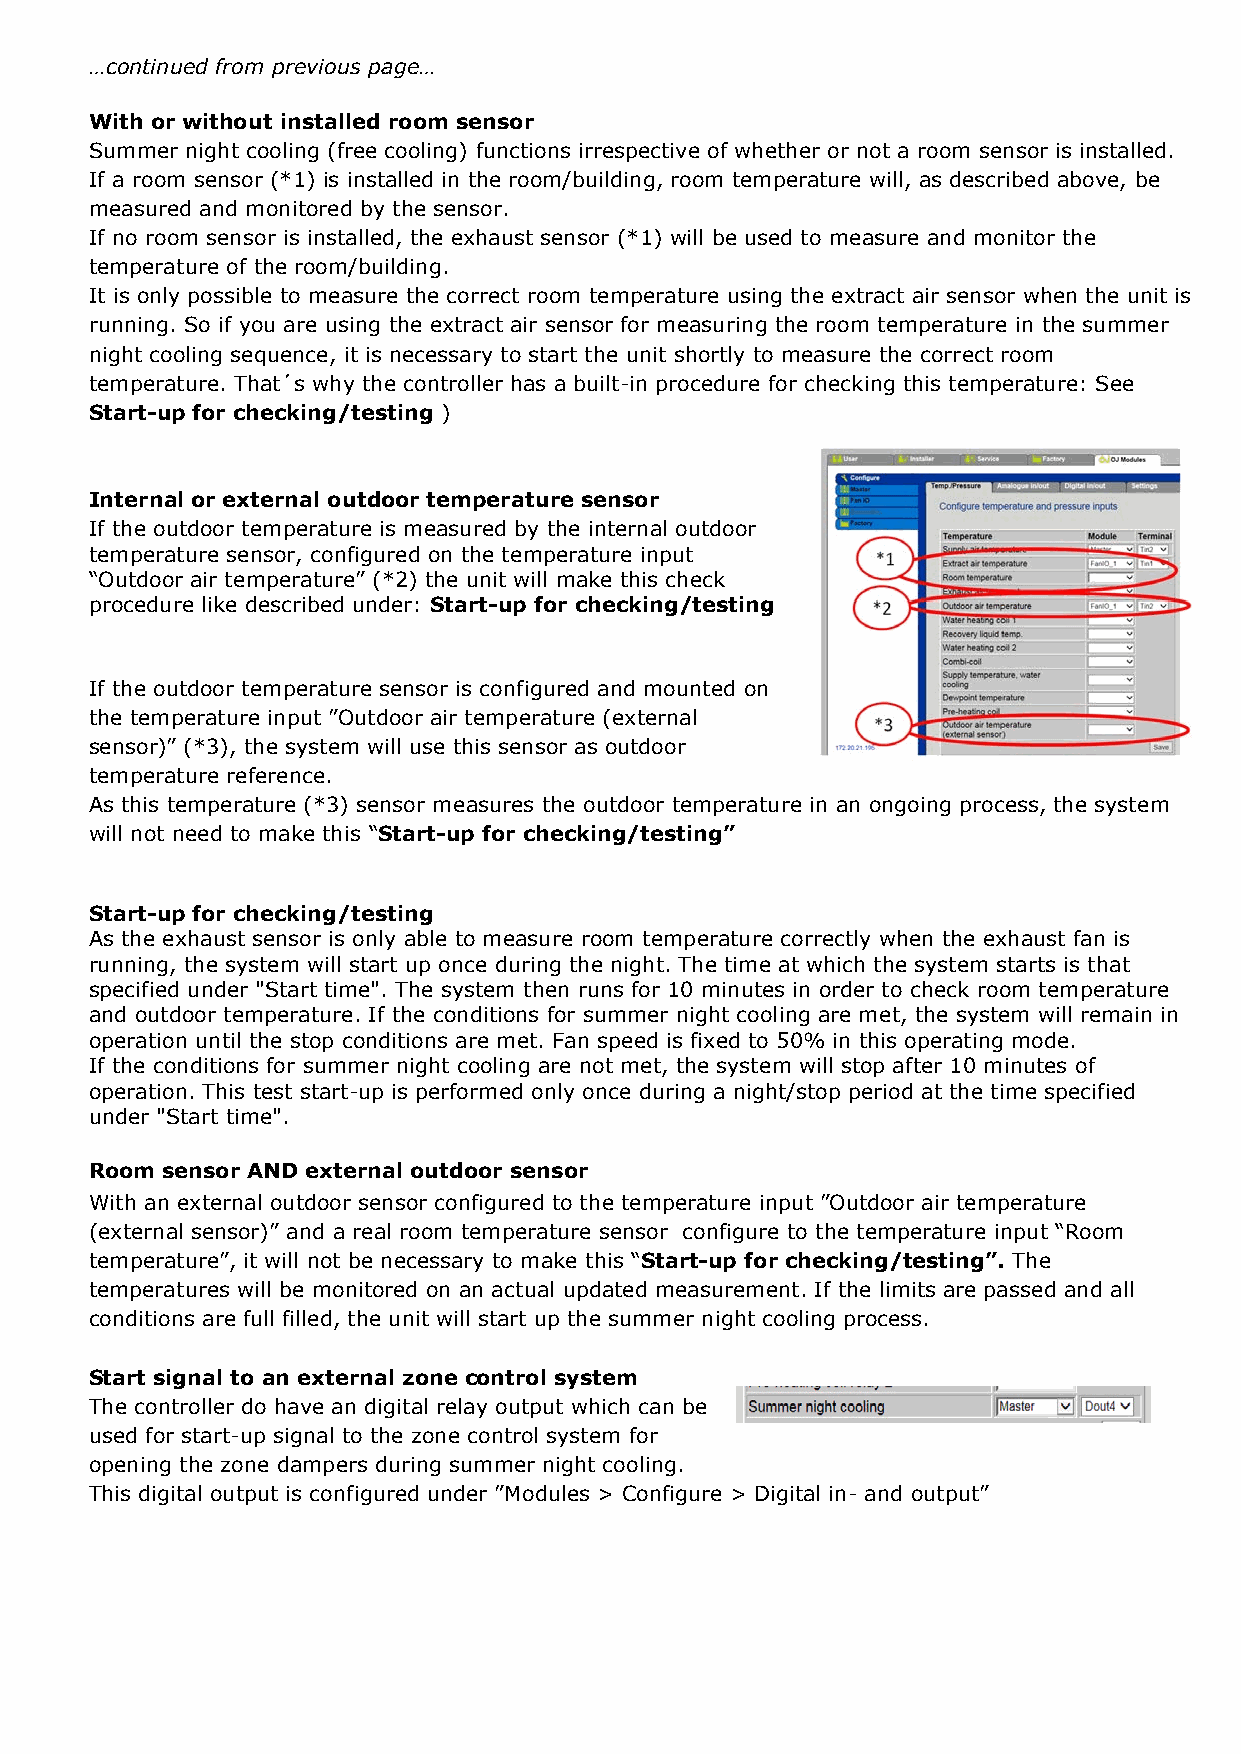
…continued from previous page…
 With or without installed room sensor
 Summer night cooling (free cooling) functions irrespective of whether or not a room sensor is installed.
 If a room sensor (*1) is installed in the room/building, room temperature will, as described above, be
 measured and monitored by the sensor.
 If no room sensor is installed, the exhaust sensor (*1) will be used to measure and monitor the
 temperature of the room/building.
 It is only possible to measure the correct room temperature using the extract air sensor when the unit is
 running. So if you are using the extract air sensor for measuring the room temperature in the summer
 night cooling sequence, it is necessary to start the unit shortly to measure the correct room
 temperature. That´s why the controller has a built-in procedure for checking this temperature: See
 Start-up for checking/testing )
 Internal or external outdoor temperature sensor
 If the outdoor temperature is measured by the internal outdoor
 temperature sensor, configured on the temperature input
 “Outdoor air temperature” (*2) the unit will make this check
 procedure like described under: Start-up for checking/testing
 If the outdoor temperature sensor is configured and mounted on
 the temperature input ”Outdoor air temperature (external
 sensor)” (*3), the system will use this sensor as outdoor
 temperature reference.
 As this temperature (*3) sensor measures the outdoor temperature in an ongoing process, the system
 will not need to make this “Start-up for checking/testing”
 Start-up for checking/testing
 As the exhaust sensor is only able to measure room temperature correctly when the exhaust fan is
 running, the system will start up once during the night. The time at which the system starts is that
 specified under "Start time". The system then runs for 10 minutes in order to check room temperature
 and outdoor temperature. If the conditions for summer night cooling are met, the system will remain in
 operation until the stop conditions are met. Fan speed is fixed to 50% in this operating mode.
 If the conditions for summer night cooling are not met, the system will stop after 10 minutes of
 operation. This test start-up is performed only once during a night/stop period at the time specified
 under "Start time".
 Room sensor AND external outdoor sensor
 With an external outdoor sensor configured to the temperature input ”Outdoor air temperature
 (external sensor)” and a real room temperature sensor configure to the temperature input “Room
 temperature”, it will not be necessary to make this “Start-up for checking/testing”. The
 temperatures will be monitored on an actual updated measurement. If the limits are passed and all
 conditions are full filled, the unit will start up the summer night cooling process.
 Start signal to an external zone control system
 The controller do have an digital relay output which can be
 used for start-up signal to the zone control system for
 opening the zone dampers during summer night cooling.
 This digital output is configured under ”Modules > Configure > Digital in- and output”